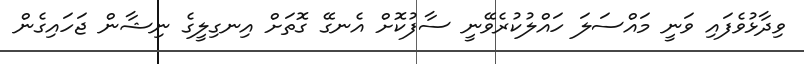
ވިދާޅުވެފައި ވަނީ މައްސަލަ ހައްލުކުރެވޭނީ ސާފުކޮށް އެނގޭ ގޮތަށް އިނގިލީގެ ނިޝާން ޖަހައިގެން